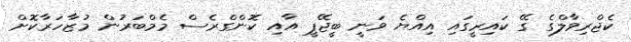
ކެޖްރިވާލްގެ ގޭ ކައިރީގައި އިއްޔެ ވަނީ ބީޖޭޕީ އާއި ކޮންގްރެސް މެމްބަރުން މުޒާހަރާކޮށް